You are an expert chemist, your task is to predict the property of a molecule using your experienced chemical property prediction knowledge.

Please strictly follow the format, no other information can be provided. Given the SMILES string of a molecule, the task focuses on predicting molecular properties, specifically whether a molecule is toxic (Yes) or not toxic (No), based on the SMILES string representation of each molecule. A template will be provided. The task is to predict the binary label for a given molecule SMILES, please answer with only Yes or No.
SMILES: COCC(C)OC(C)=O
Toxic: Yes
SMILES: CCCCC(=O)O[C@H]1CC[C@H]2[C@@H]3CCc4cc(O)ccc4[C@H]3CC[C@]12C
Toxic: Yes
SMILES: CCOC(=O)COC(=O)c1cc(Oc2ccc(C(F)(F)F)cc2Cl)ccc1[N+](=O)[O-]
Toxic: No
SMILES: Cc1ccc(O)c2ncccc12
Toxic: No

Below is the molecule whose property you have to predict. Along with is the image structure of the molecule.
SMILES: CCCNCCC
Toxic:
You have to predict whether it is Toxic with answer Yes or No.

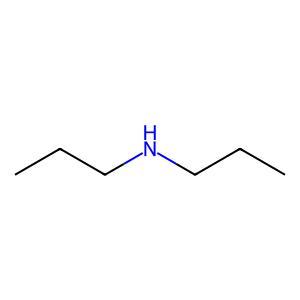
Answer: No